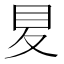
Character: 𡕥